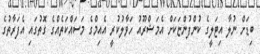
ބިޑަށް ނުލާ އިޓަލީގެ ކުންފުންޏަކަށް އެމަޝްރޫއު ހަވާލުކުރީ އެއިމްގެ މަސައްކަތެއްގެ ގޮތުގައި އެފަރާތުގެ